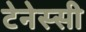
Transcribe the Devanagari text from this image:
टेनेस्सी